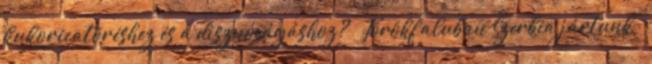
kukoricatöréshez és a disznóvágáshoz? – Törökfaluban Szerbia jártunk –